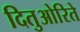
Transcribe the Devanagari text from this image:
दितुओरिते